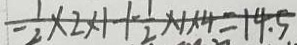
- \frac { 1 } { 2 } \times 2 \times 1 + \frac { 1 } { 2 } \times 1 \times 4 = 1 4 . 5